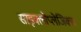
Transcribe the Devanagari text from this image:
साइक्लोप्लेजिक्स